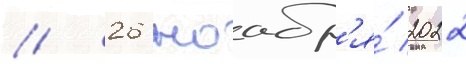
// 26 ноабр'я́ 2022